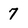
Character: 7